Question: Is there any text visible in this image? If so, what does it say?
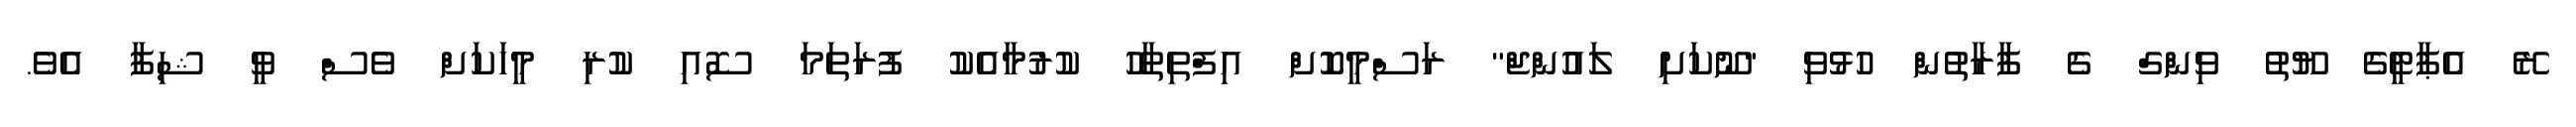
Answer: ރޭ އެޕާޓީގެ ޔޫތު ވިންގް ގެ ފާރާތުން ހުޅުވި "ނޫކަށި ލައުންޖް" ރަސްމީކޮށް އިފްތިތާހު ކުރުމާއެކު ފުރަތަމަ ސޮއި ކުރި މީހަކަށް ވެސް ވީ ޝިފާ އެވެ.